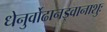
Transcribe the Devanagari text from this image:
धेनुर्वोढानड्वानाशुः